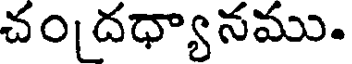
చం దధ్యానము.